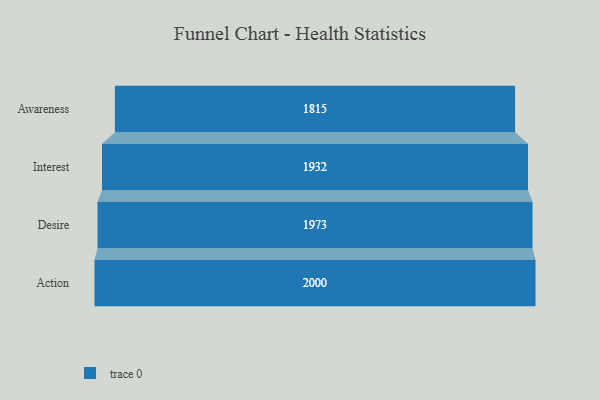
{"axis": {"x": "Stage", "y": "Value"}, "legend": [""], "data": [{"x": "Awareness", "y": 1815.0, "type": ""}, {"x": "Interest", "y": 1932.0, "type": ""}, {"x": "Desire", "y": 1973.0, "type": ""}, {"x": "Action", "y": 2000, "type": ""}]}